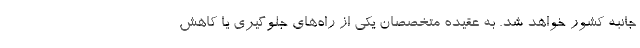
جانبه کشور خواهد شد. به عقیده متخصصان یکی از راه‌های جلوگیری یا کاهش